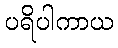
ပရိပါကာယ